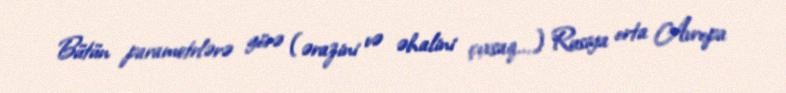
Bütün parametrlərə görə (ərazini və əhalini çıxsaq...) Rusiya orta Avropa